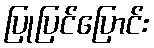
ပြုပြင်ပြောင်း